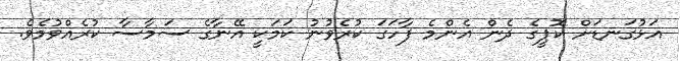
އަޅުގަނޑަށް ކޮޕީގެ ދެން އެންމެ ފާހަގަ ކުރެވުނު ކަމަކީ އޭނާގެ ސަމާސާ ކުރެއްވުމެވެ.